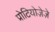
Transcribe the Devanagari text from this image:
प्रोटियोज़ेज़े